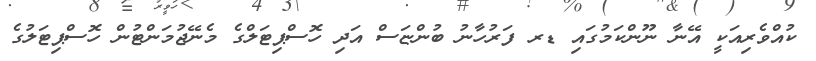
ކުއްވެރިއަކީ އޭނާ ނޫންކަމުގައި ޑރ ފަރުހާނު ބުންޏަސް އަދި ހޮސްޕިޓަލްގެ މެނޭޖުމަންޓުން ހޮސްޕިޓަލުގެ